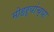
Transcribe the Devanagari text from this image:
मोहऱ्यांच्या